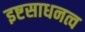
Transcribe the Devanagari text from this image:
इष्टसाधनत्व